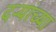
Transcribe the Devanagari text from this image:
दऱ्यांच्या